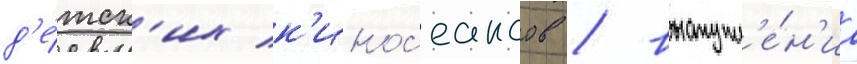
д'е́тск'их к'инос'еансов / выступл'е́н'иа